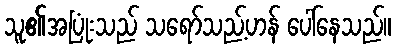
သူ၏အပြုံးသည် သရော်သည့်ဟန် ပေါ်နေသည်။